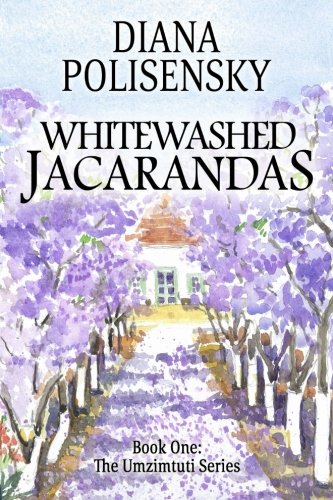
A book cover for Whitewashed Jacarandas: Book One: The Umzimtuti Series (Volume 1); Diana Polisensky; Literature & Fiction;